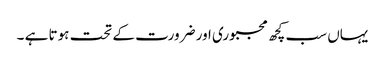
یہاں سب کچھ مجبوری اور ضرورت کے تحت ہوتا ہے ۔